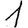
Digit: 1